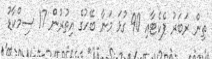
ތިން ރަބަރު ޕެކެޓާއި 90 ގުޅަ މަނާ ބޭހުގެ އިތުރުން 17 ސިމްކާޑު